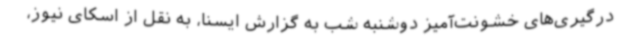
درگیری‌های خشونت‌آمیز دوشنبه شب به گزارش ایسنا، به نقل از اسکای نیوز،